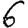
Digit: 6